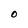
Character: O